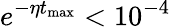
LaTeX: e^{-\eta t_{\mathrm{max}}}<10^{-4}